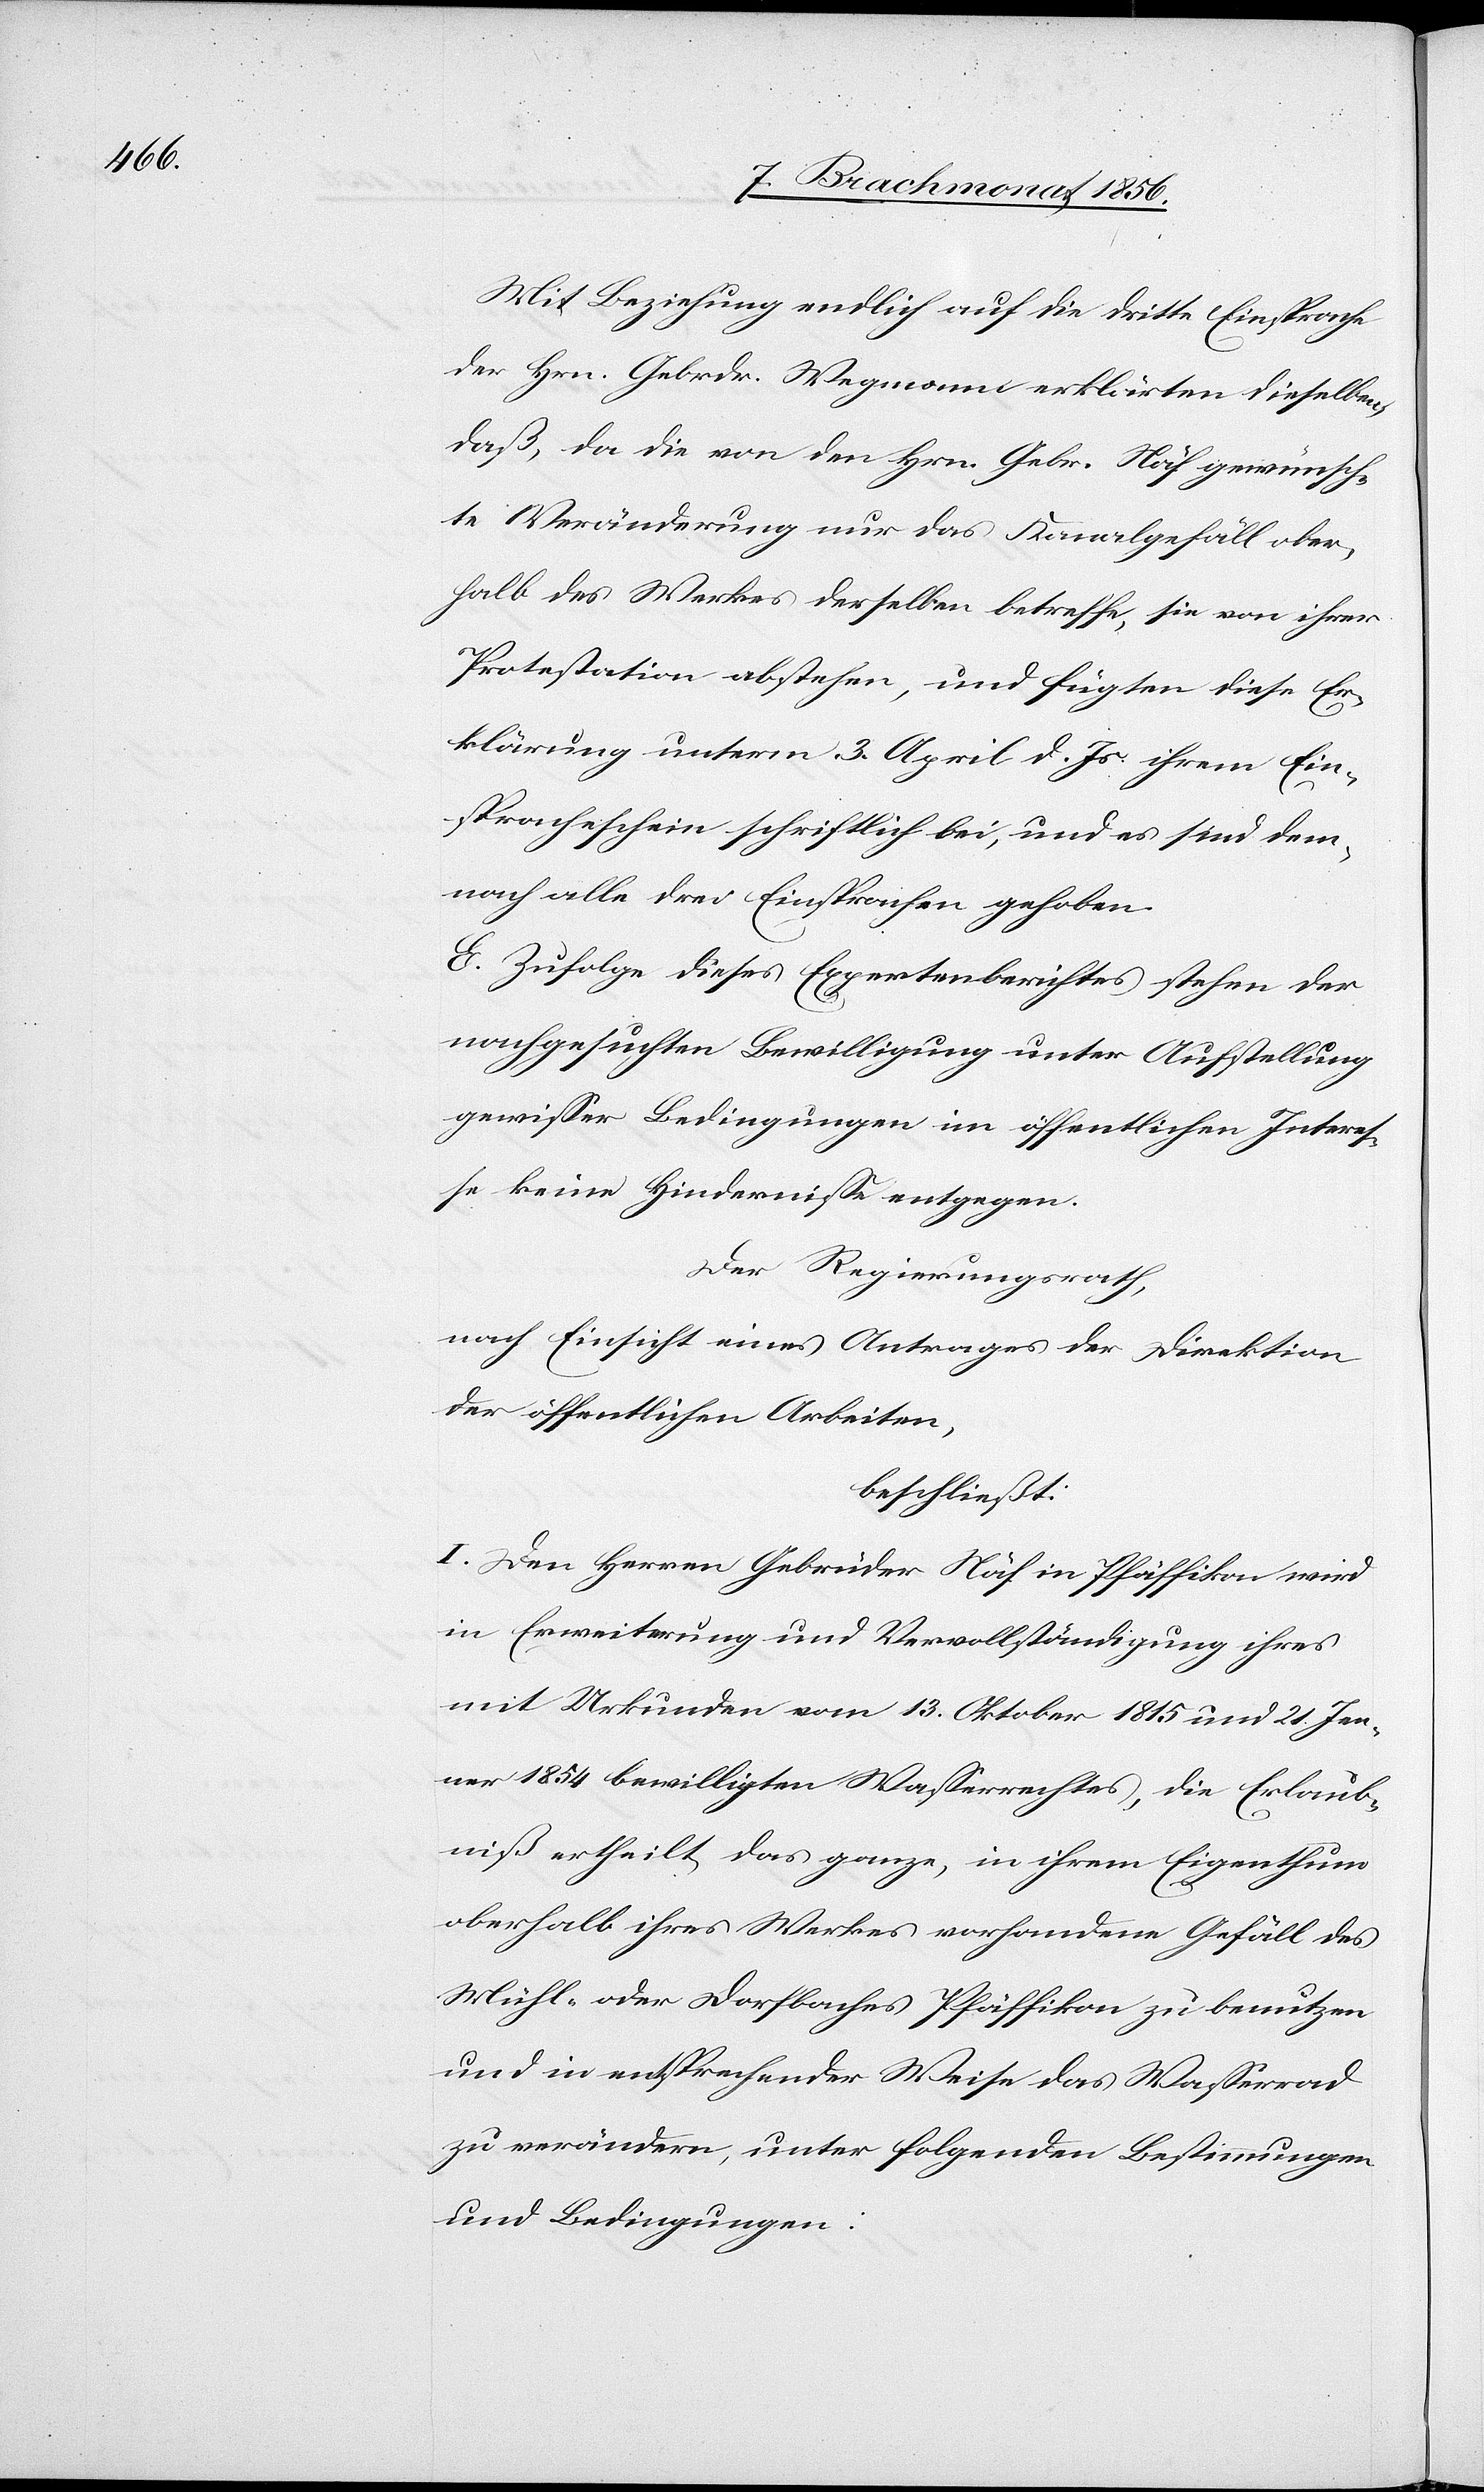
Mit Beziehung endlich auf die dritte Einsprache
der Hrn. Gebrdr. Wegmann erklärten dieselben,
daß, da die von den Hrn. Gebr. Näf gewünsch¬
te Veränderung nur das Kanalgefäll ober¬
halb des Werkes derselben betreffe, sie von ihrer
Protestation abstehen, und fügten diese Er¬
klärung unterm 3. April d. Js. ihrem Ein¬
spracheschein schriftlich bei, und es sind dem¬
nach alle drei Einsprachen gehoben.
E. Zufolge dieses Expertenberichtes stehen der
nachgesuchten Bewilligung unter Aufstellung
gewisser Bedingungen im öffentlichen Interes¬
se keine Hindernisse entgegen.
Der Regierungsrath,
nach Einsicht eines Antrages der Direktion
der öffentlichen Arbeiten,
beschließt:
I. Den Herren Gebrüder Näf in Pfäffikon wird
in Erweiterung und Vervollständigung ihres
mit Urkunden vom 13. Oktober 1815 und 21. Jen¬
ner 1854 bewilligten Wasserrechtes, die Erlaub¬
niß ertheilt, das ganze, in ihrem Eigenthum
oberhalb ihres Werkes vorhandene Gefäll des
Mühl- oder Dorfbaches Pfäffikon zu benutzen
und in entsprechender Weise das Wasserrad
zu verändern, unter folgenden Bestimmungen
und Bedingungen: